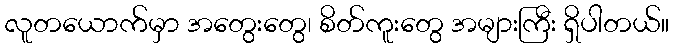
လူတယောက်မှာ အတွေးတွေ၊ စိတ်ကူးတွေ အများကြီး ရှိပါတယ်။